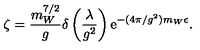
\zeta = \frac { m _ { W } ^ { 7 / 2 } } { g } \delta \left( \frac { \lambda } { g ^ { 2 } } \right) \mathrm { e } ^ { - ( 4 \pi / g ^ { 2 } ) m _ { W } \epsilon } .